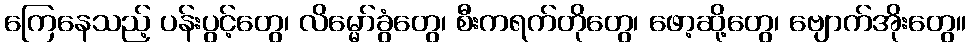
ကြေနေသည့် ပန်းပွင့်တွေ၊ လိမ္မော်ခွံတွေ၊ စီးကရက်တိုတွေ၊ ဖော့ဆို့တွေ၊ ဗျောက်အိုးတွေ။